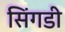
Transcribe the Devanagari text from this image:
सिंगडी